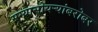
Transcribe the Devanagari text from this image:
सग्यासोयर्‍यांबरोबर